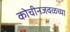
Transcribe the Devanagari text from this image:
कोचीनजवळच्या